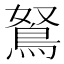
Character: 鴑